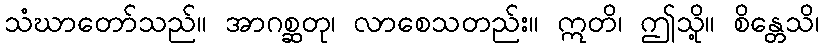
သံဃာတော်သည်။ အာဂစ္ဆတု၊ လာစေသတည်း။ ဣတိ၊ ဤသို့။ စိန္တေသိ၊